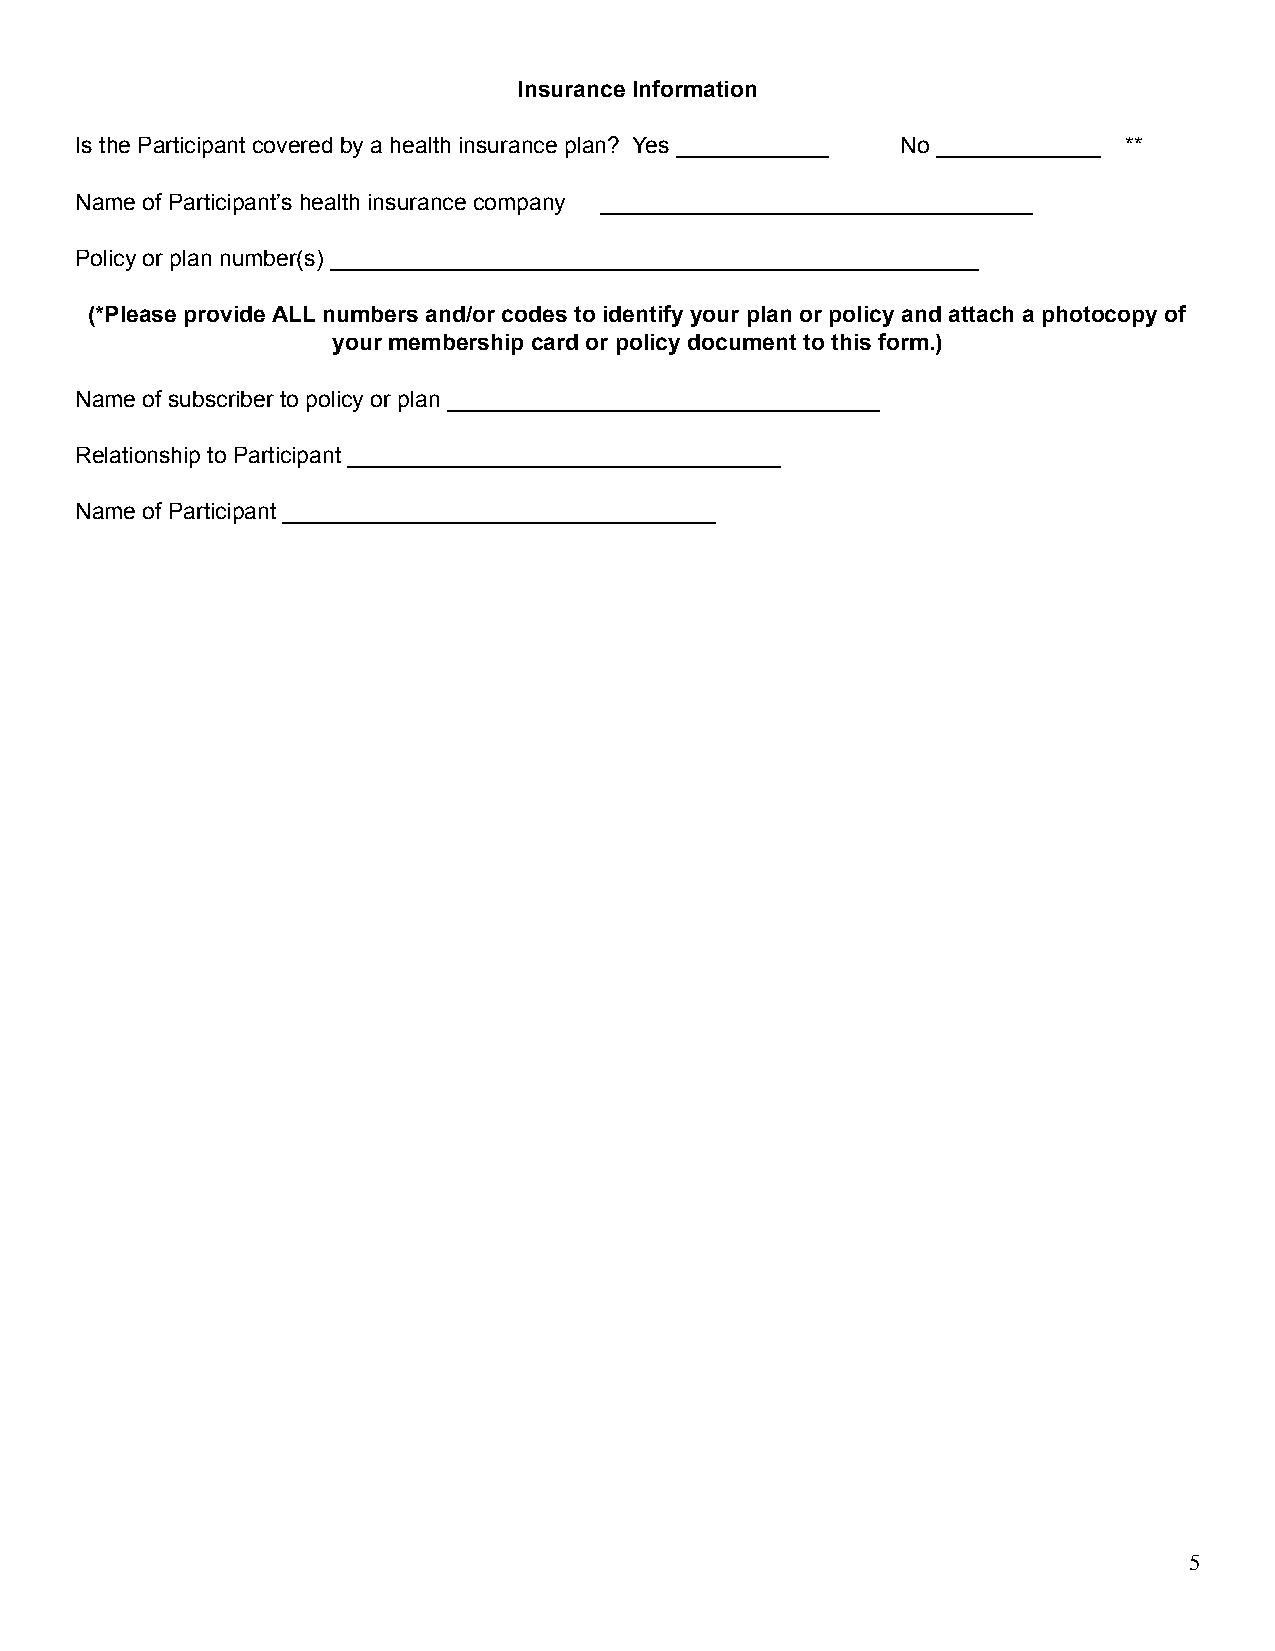
Insurance Information
 Is the Participant covered by a health insurance plan? Yes ____________ No _____________ **
 Name of Participant’s health insurance company __________________________________
 Policy or plan number(s) ___________________________________________________
 (*Please provide ALL numbers and/or codes to identify your plan or policy and attach a photocopy of
 your membership card or policy document to this form.)
 Name of subscriber to policy or plan __________________________________
 Relationship to Participant __________________________________
 Name of Participant __________________________________
 5